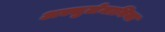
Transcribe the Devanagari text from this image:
अस्सुलेमानिया